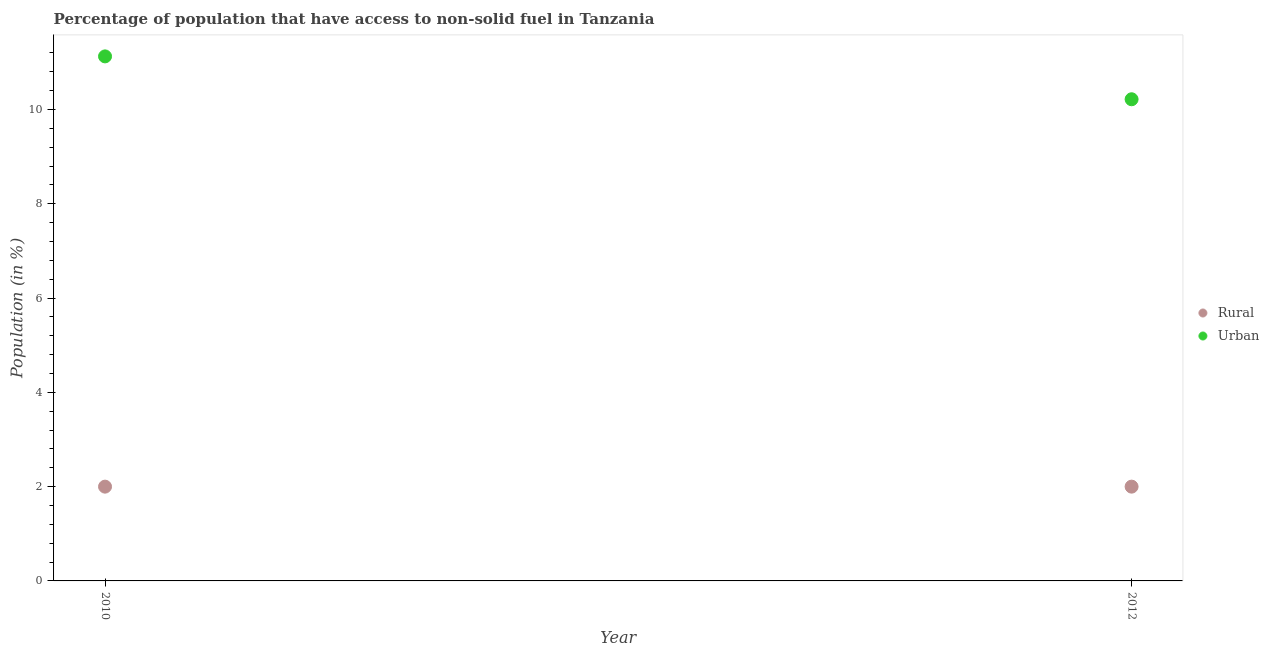
| Year | Rural | Urban |
 | --- | --- | --- |
 | 2010 | 2 | 11.1 |
 | 2012 | 2 | 10.2 |